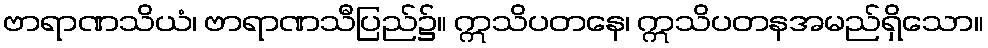
ဗာရာဏသိယံ၊ ဗာရာဏသီပြည်၌။ ဣသိပတနေ၊ ဣသိပတနအမည်ရှိသော။